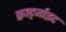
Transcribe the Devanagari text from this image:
क्वार्ट्जाइट